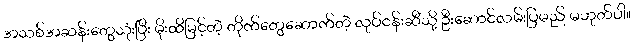
အသစ်အဆန်းတွေသုံးပြီး မိုးထိမြင့်တဲ့ တိုက်တွေဆောက်တဲ့ လုပ်ငန်းဆီသို့ ဦးဆောင်လမ်းပြမည် မဟုတ်ပါ။